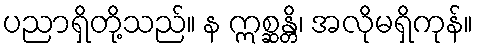
ပညာရှိတို့သည်။ န ဣစ္ဆန္တိ၊ အလိုမရှိကုန်။